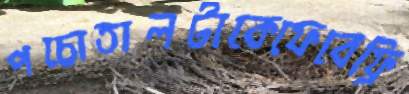
পচোতালটাকেফেবেফ্রি